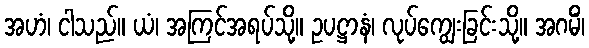
အဟံ၊ ငါသည်။ ယံ၊ အကြင်အရပ်သို့။ ဥပဋ္ဌာနံ၊ လုပ်ကျွေးခြင်းသို့။ အဂမိံ၊